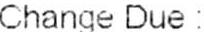
CHANGE DUE: